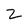
Character: Z